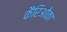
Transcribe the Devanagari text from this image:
कैरिओका